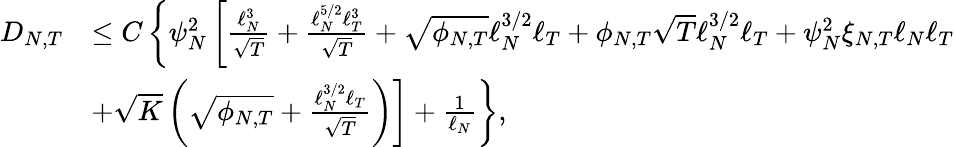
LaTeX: \begin{array}{rl}{{D_{N,T}}}&{\leq C\left\lbrace\psi_{N}^{2}\left[\frac{\ell_{N}^{3}}{\sqrt{T}}+\frac{\ell_{N}^{5/2}\ell_{T}^{3}}{\sqrt{T}}+\sqrt{\phi_{N,T}}\ell_{N}^{3/2}\ell_{T}+\phi_{N,T}\sqrt{T}\ell_{N}^{3/2}\ell_{T}+\psi_{N}^{2}\xi_{N,T}\ell_{N}\ell_{T}\right.\right.}\\ &{\left.\left.+\sqrt{K}\left(\sqrt{\phi_{N,T}}+\frac{\ell_{N}^{3/2}\ell_{T}}{\sqrt{T}}\right)\right]+\frac{1}{\ell_{N}}\right\rbrace,}\end{array}